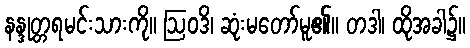
နန္ဒုတ္တရမင်းသားကို။ ဩဝဒိ၊ ဆုံးမတော်မူ၏။ တဒါ၊ ထိုအခါ၌။